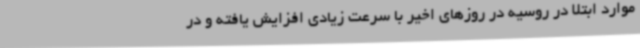
موارد ابتلا در روسیه در روزهای اخیر با سرعت زیادی افزایش یافته و در